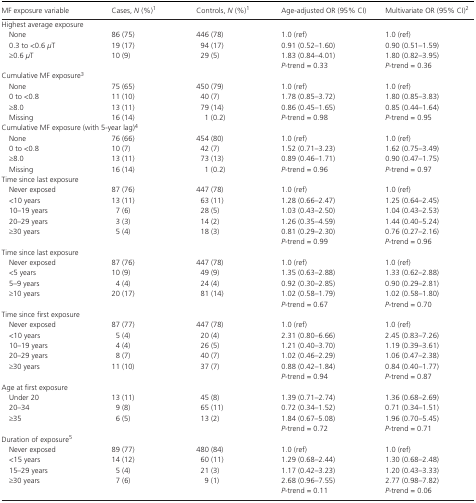
<table><thead><tr><td><b>MF exposure variable</b></td><td><b>Cases, <i>N</i> (%)a</b></td><td><b>Controls, <i>N</i> (%)a</b></td><td><b>Age‐adjusted OR (95% CI)</b></td><td><b>Multivariate OR (95% CI)b</b></td></tr></thead><tbody><tr><td colspan="5">Highest average exposure</td></tr><tr><td>None</td><td>86 (75)</td><td>446 (78)</td><td>1.0 (ref)</td><td>1.0 (ref)</td></tr><tr><td>0.3 to &lt;0.6 <i>μ</i>T</td><td>19 (17)</td><td>94 (17)</td><td>0.91 (0.52–1.60)</td><td>0.90 (0.51–1.59)</td></tr><tr><td>≥0.6 <i>μ</i>T</td><td>10 (9)</td><td>29 (5)</td><td>1.83 (0.84–4.01)</td><td>1.80 (0.82–3.95)</td></tr><tr><td></td><td></td><td></td><td><i>P</i>‐trend = 0.33</td><td><i>P</i>‐trend = 0.36</td></tr><tr><td colspan="5">Cumulative MF exposurec</td></tr><tr><td>None</td><td>75 (65)</td><td>450 (79)</td><td>1.0 (ref)</td><td>1.0 (ref)</td></tr><tr><td>0 to &lt;0.8</td><td>11 (10)</td><td>40 (7)</td><td>1.78 (0.85–3.72)</td><td>1.80 (0.85–3.83)</td></tr><tr><td>≥8.0</td><td>13 (11)</td><td>79 (14)</td><td>0.86 (0.45–1.65)</td><td>0.85 (0.44–1.64)</td></tr><tr><td>Missing</td><td>16 (14)</td><td>1 (0.2)</td><td><i>P</i>‐trend = 0.98</td><td><i>P</i>‐trend = 0.95</td></tr><tr><td colspan="5">Cumulative MF exposure (with 5‐year lag)d</td></tr><tr><td>None</td><td>76 (66)</td><td>454 (80)</td><td>1.0 (ref)</td><td>1.0 (ref)</td></tr><tr><td>0 to &lt;0.8</td><td>10 (7)</td><td>42 (7)</td><td>1.52 (0.71–3.23)</td><td>1.62 (0.75–3.49)</td></tr><tr><td>≥8.0</td><td>13 (11)</td><td>73 (13)</td><td>0.89 (0.46–1.71)</td><td>0.90 (0.47–1.75)</td></tr><tr><td>Missing</td><td>16 (14)</td><td>1 (0.2)</td><td><i>P</i>‐trend = 0.96</td><td><i>P</i>‐trend = 0.97</td></tr><tr><td colspan="5">Time since last exposure</td></tr><tr><td>Never exposed</td><td>87 (76)</td><td>447 (78)</td><td>1.0 (ref)</td><td>1.0 (ref)</td></tr><tr><td>&lt;10 years</td><td>13 (11)</td><td>63 (11)</td><td>1.28 (0.66–2.47)</td><td>1.25 (0.64–2.45)</td></tr><tr><td>10–19 years</td><td>7 (6)</td><td>28 (5)</td><td>1.03 (0.43–2.50)</td><td>1.04 (0.43–2.53)</td></tr><tr><td>20–29 years</td><td>3 (3)</td><td>14 (2)</td><td>1.26 (0.35–4.59)</td><td>1.44 (0.40–5.24)</td></tr><tr><td>≥30 years</td><td>5 (4)</td><td>18 (3)</td><td>0.81 (0.29–2.30)</td><td>0.76 (0.27–2.16)</td></tr><tr><td></td><td></td><td></td><td><i>P</i>‐trend = 0.99</td><td><i>P</i>‐trend = 0.96</td></tr><tr><td colspan="5">Time since last exposure</td></tr><tr><td>Never exposed</td><td>87 (76)</td><td>447 (78)</td><td>1.0 (ref)</td><td>1.0 (ref)</td></tr><tr><td>&lt;5 years</td><td>10 (9)</td><td>49 (9)</td><td>1.35 (0.63–2.88)</td><td>1.33 (0.62–2.88)</td></tr><tr><td>5–9 years</td><td>4 (4)</td><td>24 (4)</td><td>0.92 (0.30–2.85)</td><td>0.90 (0.29–2.81)</td></tr><tr><td>≥10 years</td><td>20 (17)</td><td>81 (14)</td><td>1.02 (0.58–1.79)</td><td>1.02 (0.58–1.80)</td></tr><tr><td></td><td></td><td></td><td><i>P</i>‐trend = 0.67</td><td><i>P</i>‐trend = 0.70</td></tr><tr><td colspan="5">Time since first exposure</td></tr><tr><td>Never exposed</td><td>87 (77)</td><td>447 (78)</td><td>1.0 (ref)</td><td>1.0 (ref)</td></tr><tr><td>&lt;10 years</td><td>5 (4)</td><td>20 (4)</td><td>2.31 (0.80–6.66)</td><td>2.45 (0.83–7.26)</td></tr><tr><td>10–19 years</td><td>4 (4)</td><td>26 (5)</td><td>1.21 (0.40–3.70)</td><td>1.19 (0.39–3.61)</td></tr><tr><td>20–29 years</td><td>8 (7)</td><td>40 (7)</td><td>1.02 (0.46–2.29)</td><td>1.06 (0.47–2.38)</td></tr><tr><td>≥30 years</td><td>11 (10)</td><td>37 (7)</td><td>0.88 (0.42–1.84)</td><td>0.84 (0.40–1.77)</td></tr><tr><td></td><td></td><td></td><td><i>P</i>‐trend = 0.94</td><td><i>P</i>‐trend = 0.87</td></tr><tr><td colspan="5">Age at first exposure</td></tr><tr><td>Under 20</td><td>13 (11)</td><td>45 (8)</td><td>1.39 (0.71–2.74)</td><td>1.36 (0.68–2.69)</td></tr><tr><td>20–34</td><td>9 (8)</td><td>65 (11)</td><td>0.72 (0.34–1.52)</td><td>0.71 (0.34–1.51)</td></tr><tr><td>≥35</td><td>6 (5)</td><td>13 (2)</td><td>1.84 (0.67–5.08)</td><td>1.96 (0.70–5.45)</td></tr><tr><td></td><td></td><td></td><td><i>P</i>‐trend = 0.72</td><td><i>P</i>‐trend = 0.71</td></tr><tr><td colspan="5">Duration of exposuree</td></tr><tr><td>Never exposed</td><td>89 (77)</td><td>480 (84)</td><td>1.0 (ref)</td><td>1.0 (ref)</td></tr><tr><td>&lt;15 years</td><td>14 (12)</td><td>60 (11)</td><td>1.29 (0.68–2.44)</td><td>1.30 (0.68–2.48)</td></tr><tr><td>15–29 years</td><td>5 (4)</td><td>21 (3)</td><td>1.17 (0.42–3.23)</td><td>1.20 (0.43–3.33)</td></tr><tr><td>≥30 years</td><td>7 (6)</td><td>9 (1)</td><td>2.68 (0.96–7.55)</td><td>2.77 (0.98–7.82)</td></tr><tr><td></td><td></td><td></td><td><i>P</i>‐trend = 0.11</td><td><i>P</i>‐trend = 0.06</td></tr></tbody></table>